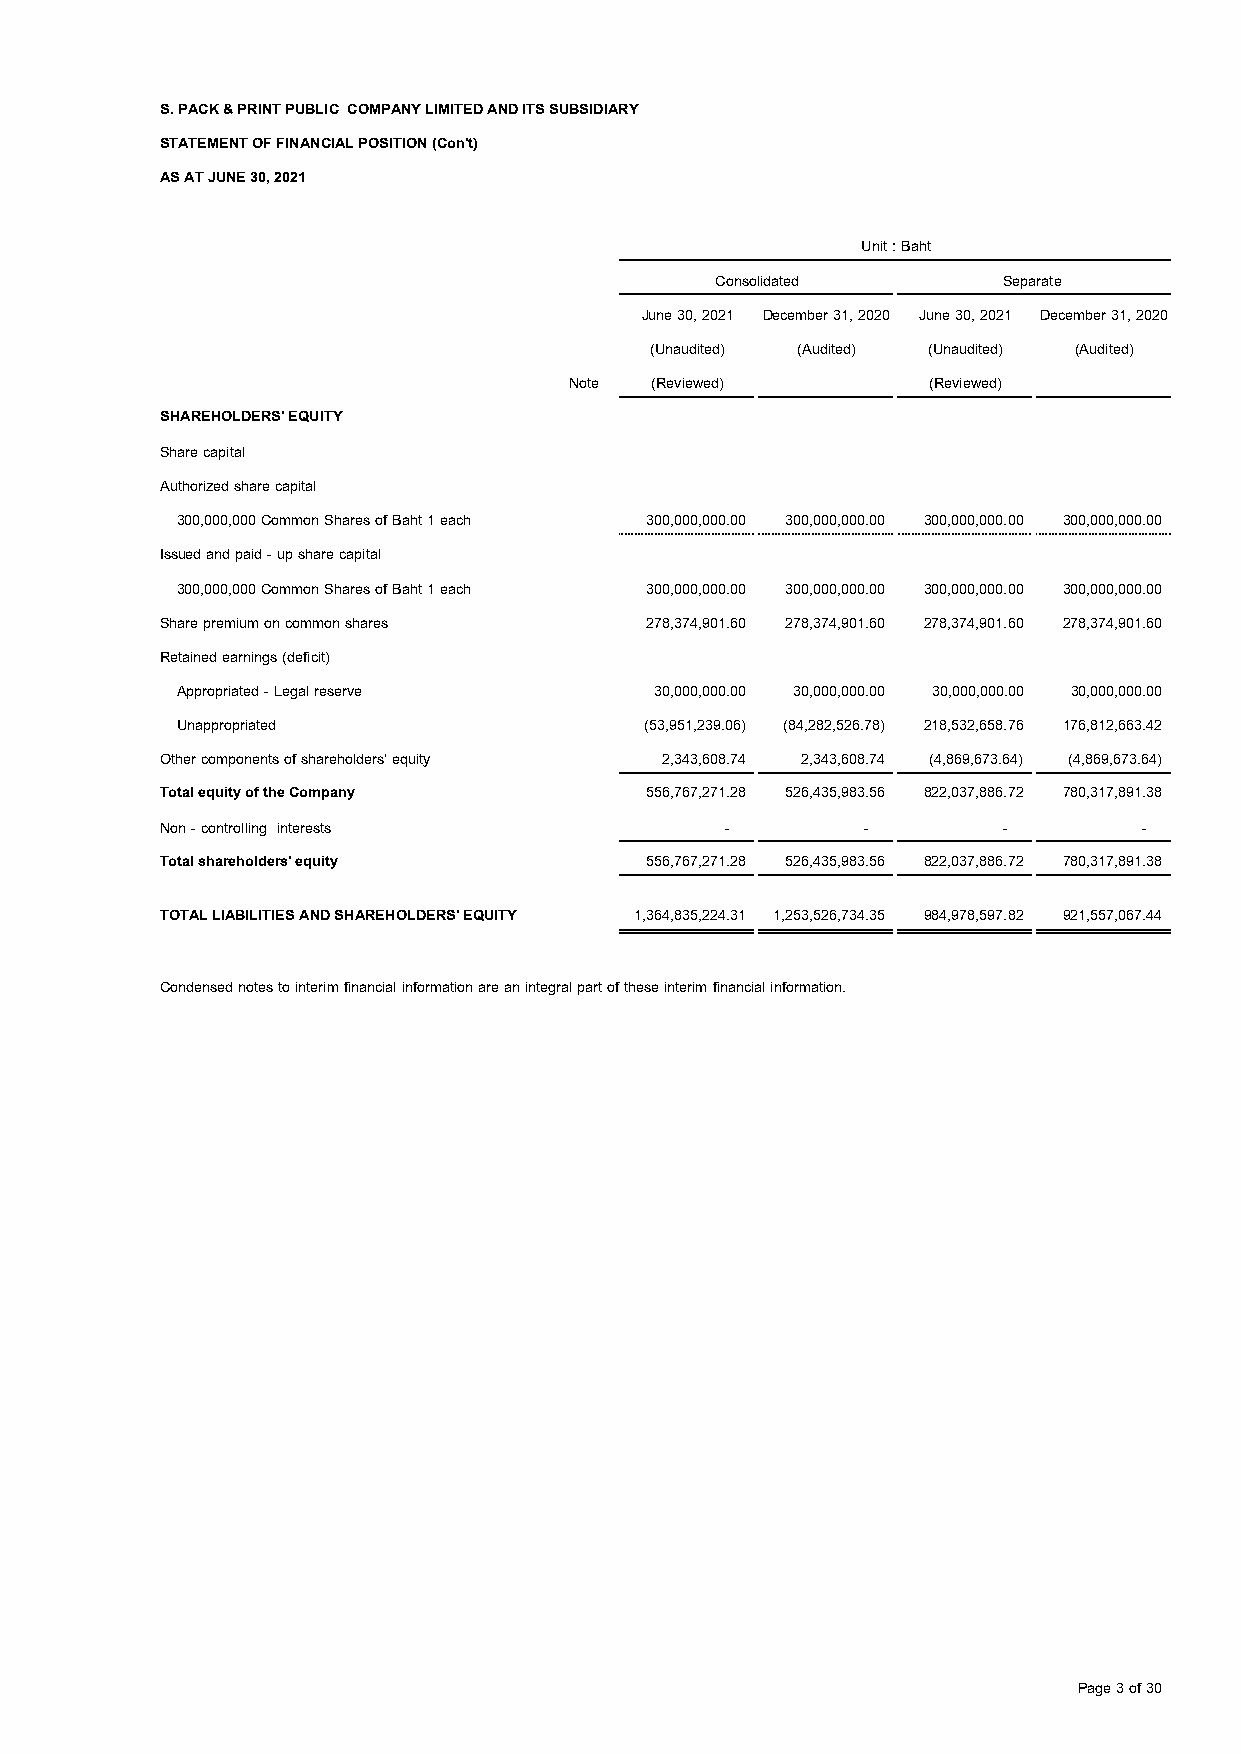
S. PACK & PRINT PUBLIC COMPANY LIMITED AND ITS SUBSIDIARY
 STATEMENT OF FINANCIAL POSITION (Con't)
 AS AT JUNE 30, 2021
 Unit : Baht
 Consolidated       Separate
 June 30, 2021 December 31, 2020 June 30, 2021 December 31, 2020
 (Unaudited) (Audited) (Unaudited) (Audited)
 Note (Reviewed)        (Reviewed)
 SHAREHOLDERS' EQUITY
 Share capital
 Authorized share capital
 300,000,000 Common Shares of Baht 1 each 300,000,000.00 300,000,000.00 300,000,000.00 300,000,000.00
 Issued and paid - up share capital
 300,000,000 Common Shares of Baht 1 each 300,000,000.00 300,000,000.00 300,000,000.00 300,000,000.00
 Share premium on common shares  278,374,901.60 278,374,901.60 278,374,901.60 278,374,901.60
 Retained earnings (deficit)
 Appropriated - Legal reserve   30,000,000.00 30,000,000.00 30,000,000.00 30,000,000.00
 Unappropriated                 (53,951,239.06) (84,282,526.78) 218,532,658.76 176,812,663.42
 Other components of shareholders' equity 2,343,608.74 2,343,608.74 (4,869,673.64) (4,869,673.64)
 Total equity of the Company     556,767,271.28 526,435,983.56 822,037,886.72 780,317,891.38
 Non - controlling interests          -        -        -         -
 Total shareholders' equity      556,767,271.28 526,435,983.56 822,037,886.72 780,317,891.38
 TOTAL LIABILITIES AND SHAREHOLDERS' EQUITY 1,364,835,224.31 1,253,526,734.35 984,978,597.82 921,557,067.44
 Condensed notes to interim financial information are an integral part of these interim financial information.
 Page 3 of 30